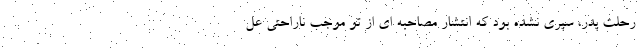
رحلت پدر، سپری نشده بود که انتشار مصاحبه ای از تو موجب ناراحتی عل